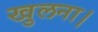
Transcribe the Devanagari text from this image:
खुलना।